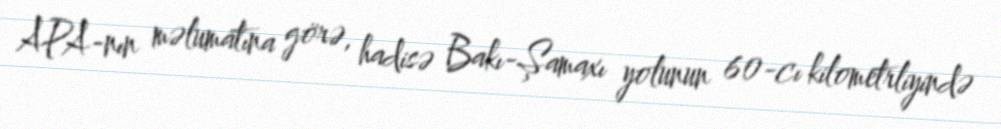
APA-nın məlumatına görə, hadisə Bakı-Şamaxı yolunun 60-cı kilometrliyində